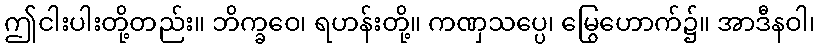
ဤငါးပါးတို့တည်း။ ဘိက္ခဝေ၊ ရဟန်းတို့။ ကဏှသပ္ပေ၊ မြွေဟောက်၌။ အာဒီနဝါ၊